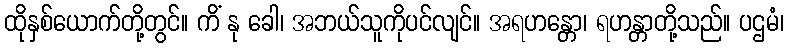
ထိုနှစ်ယောက်တို့တွင်။ ကိံ နု ခေါ၊ အဘယ်သူကိုပင်လျင်။ အရဟန္တော၊ ရဟန္တာတို့သည်။ ပဌမံ၊